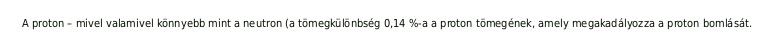
A proton – mivel valamivel könnyebb mint a neutron (a tömegkülönbség 0,14 %-a a proton tömegének, amely megakadályozza a proton bomlását.